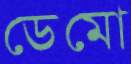
ডেমো